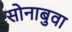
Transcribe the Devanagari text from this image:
सोनाबुवा